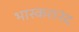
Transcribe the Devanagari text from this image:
भास्करानंद